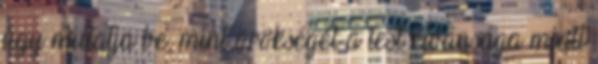
úgy mutatja be, mint örökségét a test kívánsága miatt